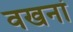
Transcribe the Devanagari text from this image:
वखनां